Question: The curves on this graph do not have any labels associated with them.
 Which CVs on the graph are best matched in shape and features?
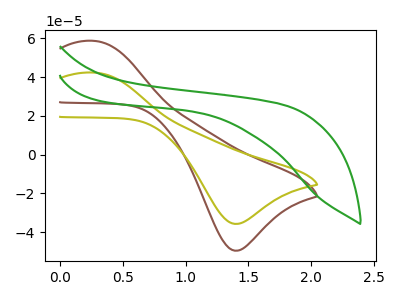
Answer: <think>The brown curve "brown" has an anodic peak at (0.25V, 58.75uA) and a cathodic peak at (1.40V, -49.65uA). The olive curve "olive" has an anodic peak at (0.25V, 42.35uA) and a cathodic peak at (1.40V, -35.80uA). The green curve "green" has no peaks.
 All the peaks in "brown" have a peak in "olive" at the same potential. Every peak in "brown" is higher than every peak in "olive". "brown" and "green" have a different number of peaks. "olive" and "green" have a different number of peaks.</think>
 <answer>"olive" and "brown" have the same shape and are likely CV's of the same chemical.</answer>
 <eval>"olive" "brown"</eval>